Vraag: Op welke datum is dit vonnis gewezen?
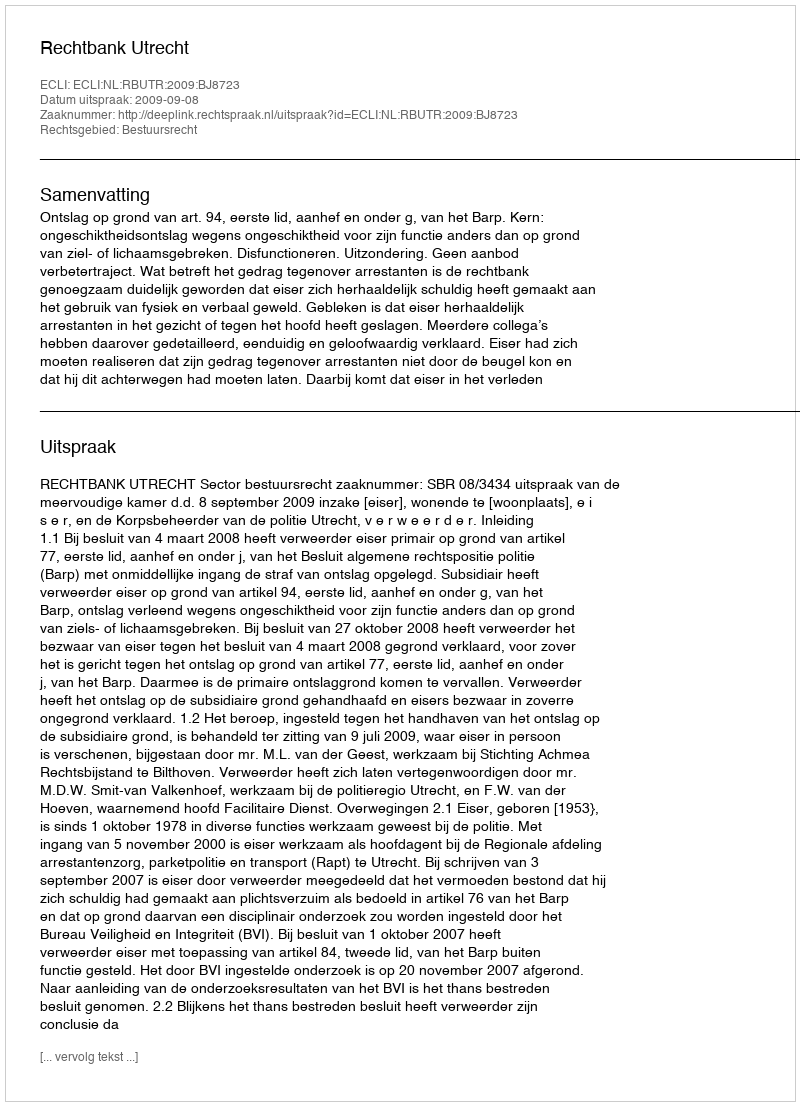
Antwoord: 2009-09-08